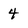
Character: 4